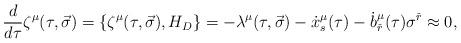
LaTeX: \begin{align*}{d\over {d\tau}}\zeta^{\mu}(\tau ,\vec \sigma )=\lbrace \zeta^{\mu}(\tau ,\vec\sigma ),H_D\rbrace =-\lambda^{\mu}(\tau ,\vec \sigma )-{\dot x}^{\mu}_s(\tau)-{\dot b}^{\mu}_{\check r}(\tau )\sigma^{\check r}\approx 0,\end{align*}